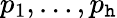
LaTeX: p_{1},\ldots,p_{\mathtt{h}}